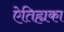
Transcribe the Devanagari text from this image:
ऐतिह्यका